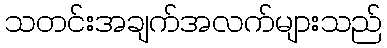
သတင်းအချက်အလက်များသည်